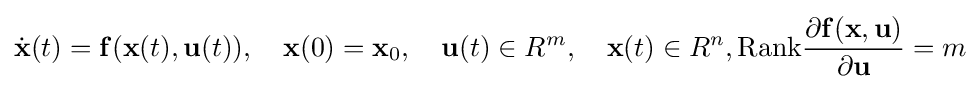
{\dot {\mathbf {x} }}(t)=\mathbf {f} (\mathbf {x} (t),\mathbf {u} (t)),\quad \mathbf {x} (0)=\mathbf {x} _{0},\quad \mathbf {u} (t)\in R^{m},\quad \mathbf {x} (t)\in R^{n},{\text{Rank}}{\frac {\partial \mathbf {f} (\mathbf {x} ,\mathbf {u} )}{\partial \mathbf {u} }}=m